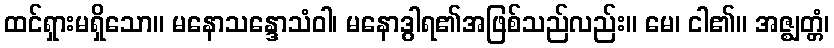
ထင်ရှားမရှိသော။ မနောသန္ဒောသံဝါ၊ မနောဒွါရ၏အဖြစ်သည်လည်း။ မေ၊ ငါ၏။ အဇ္ဈတ္တံ၊